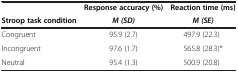
<table><thead><tr><td><b> </b></td><td><b>Response accuracy (%)</b></td><td><b>Reaction time (ms)</b></td></tr><tr><td><b>Stroop task condition</b></td><td><b><i>M (SD)</i></b></td><td><b><i>M (SE)</i></b></td></tr></thead><tbody><tr><td>Congruent</td><td>95.9 (2.7)</td><td>497.9 (22.3)</td></tr><tr><td>Incongruent</td><td>97.6 (1.7)</td><td>565.8 (28.3)*</td></tr><tr><td>Neutral</td><td>95.4 (1.3)</td><td>500.9 (20.8)</td></tr></tbody></table>